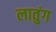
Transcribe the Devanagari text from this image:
लातुंग